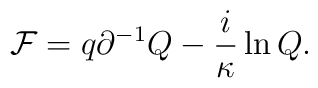
{\cal F} = q \partial^{-1} Q - \frac{i}{\kappa} \ln Q.